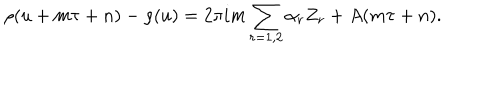
\rho ( u + m \tau + n ) - \rho ( u ) = 2 \pi i m \sum _ { r = 1 , 2 } \alpha _ { r } Z _ { r } + A ( m \tau + n ) .